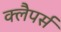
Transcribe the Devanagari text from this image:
क्लैपर्स